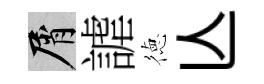
屑謔徳亾